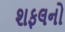
શફલનો